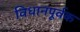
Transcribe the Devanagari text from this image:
विधानपूर्वक